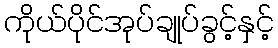
ကိုယ်ပိုင်အုပ်ချုပ်ခွင့်နှင့်